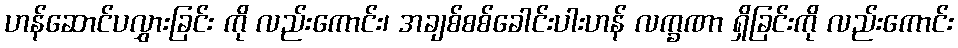
ဟန်ဆောင်ပလွှားခြင်း ကို လည်းကောင်း၊ အချစ်စစ်ခေါင်းပါးဟန် လက္ခဏာ ရှိခြင်းကို လည်းကောင်း